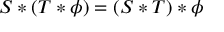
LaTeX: S \ast ( T \ast \phi ) = ( S \ast T ) \ast \phi